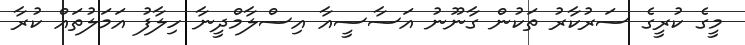
މީގެ ކުރީގެ ސަރުކާރު ތަކުން ގާނޫނު އަސާސީއާ އިސްލާމްދީނާ ހިލާފު އަމަލުތައް ކުރާ